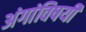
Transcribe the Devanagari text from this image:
अंगांविषयी